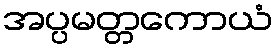
အပ္ပမတ္တကောယံ